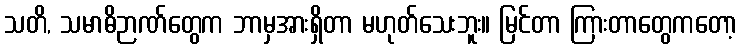
သတိ, သမာဓိဉာဏ်တွေက ဘာမှအားရှိတာ မဟုတ်သေးဘူး။ မြင်တာ ကြားတာတွေကတော့